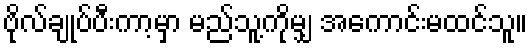
ဗိုလ်ချုပ်ပီးကာ့မှာ မည်သူ့ကိုမျှ အကောင်းမထင်သူ။